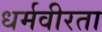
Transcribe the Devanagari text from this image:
धर्मवीरता